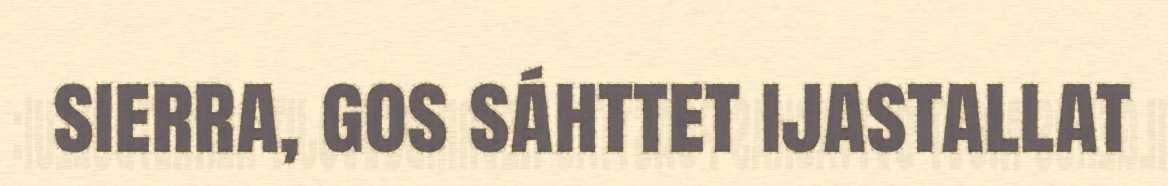
sierra, gos sáhttet ijastallat